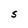
Character: S